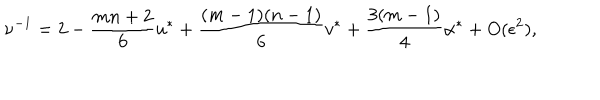
LaTeX: \nu ^ { - 1 } = 2 - { \frac { m n + 2 } { 6 } } u ^ { \ast } + { \frac { ( m - 1 ) ( n - 1 ) } { 6 } } v ^ { \ast } + { \frac { 3 ( m - 1 ) } { 4 } } \alpha ^ { \ast } + O ( \epsilon ^ { 2 } ) ,